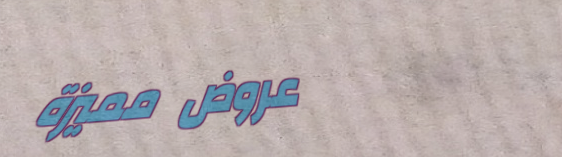
عروض مميزة